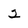
Character: 2